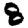
Digit: 8